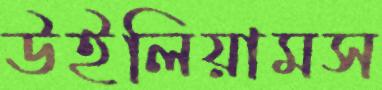
উইলিয়ামস